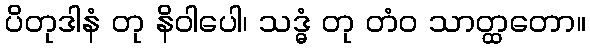
ပိတုဒါနံ တု နိဝါပေါ၊ သဒ္ဓံ တု တံဝ သာတ္ထတော။